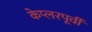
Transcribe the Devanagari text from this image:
केप्लरपूर्वी